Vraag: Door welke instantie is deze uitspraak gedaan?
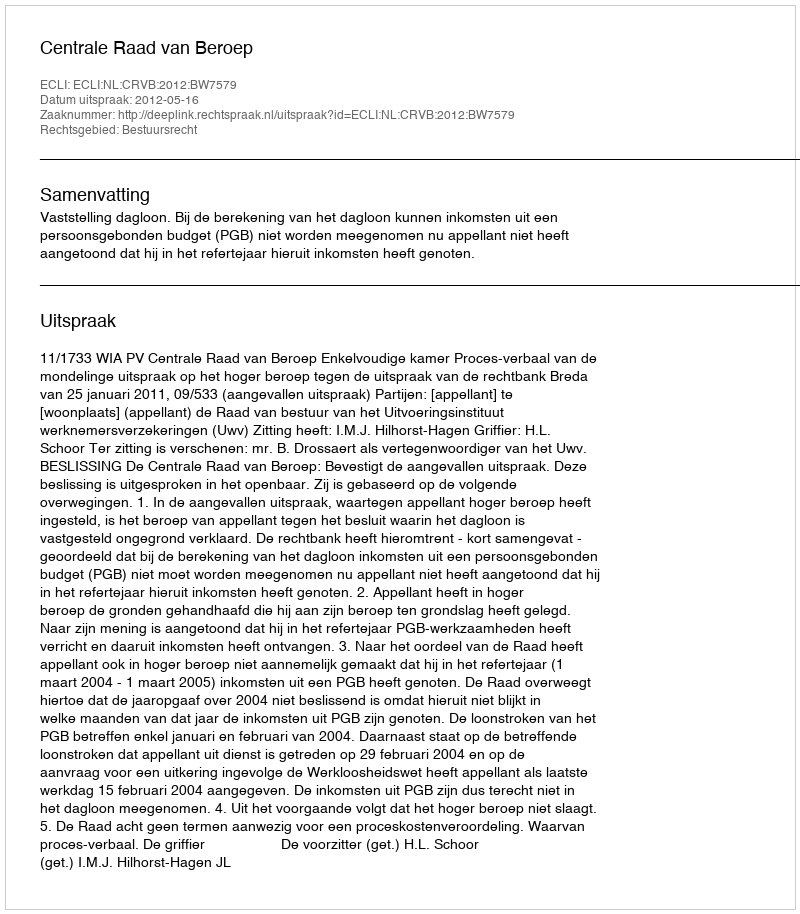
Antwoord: Centrale Raad van Beroep